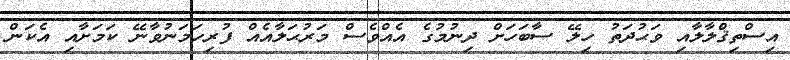
އިސްތިޤްލާލާއި ވަޙުދަތު ހިލޭ ސާބަހަށް ދިނުމުގެ އެއްވެސް މަރުޙަލާއެއް ފުރިހަމަނުވާނޭ ކަމަށާއި އެކަން